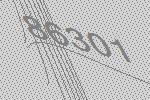
86301